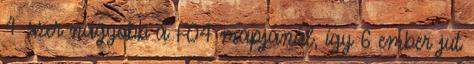
4-szer nagyobb a FO4 mapjánál, így 6 ember jut